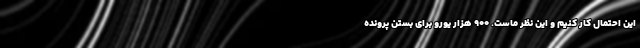
این احتمال کار کنیم و این نظر ماست. 900 هزار یورو برای بستن پرونده